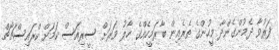
ފަރުވާ ދެމުންގެންދާ މީހުންގެ ތެރެއިން ބާރަމީހެއްގެ ހާލު ވަރަށް ސީރިއަސް ކަމަށް ކްރައިސްޗާޗް